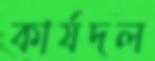
কার্যদল